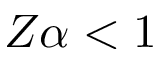
Z \alpha < 1